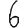
Digit: 6